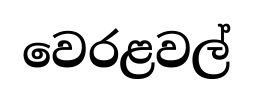
වෙරළවල්